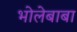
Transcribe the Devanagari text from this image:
भोलेबाबा